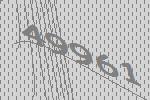
49961